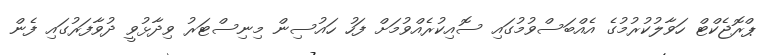
ޕްރޮޖެކްޓް ހަވާލުކުރުމުގެ އެއްބަސްވުމުގައި ސޮއިކުރެއްވުމަށް ފަހު ހައުސިން މިނިސްޓަރު ވިދާޅުވީ ދުވާފަރުގައި ފެން